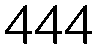
444